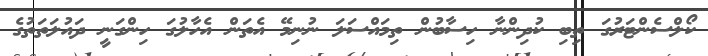
ކޯލްސެންޓަރުގަ ތިބި ކުދިންނާ ހިސާބުން ތިމައްސަލަ ނުނިމޭ އެތަން އެހާލުގަ ހިންގަނީ ދައުލަތަތުގެ